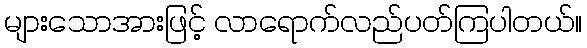
များသောအားဖြင့် လာရောက်လည်ပတ်ကြပါတယ်။